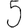
Digit: 5